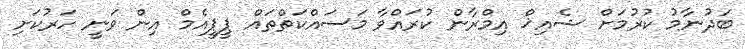
ބަދުނާމު ކުރުމަށް ޝެއިޚް އިމްރާން ކުރައްވާ މަސައްކަތްތައް ޕީޕީއެމް އިން ވަނީ ހަރުކަށި